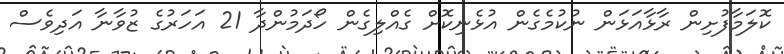
ކޮލަމާފުށިން ރާޅާއަޅަން ނުކުމެގެން އުޅެނިކޮށް ގެއްލިގެން ހޯދަމުންދާ 21 އަހަރުގެ ޒުވާނާ އަދިވެސް